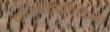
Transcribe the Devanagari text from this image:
क्रीग्सअकादेमी